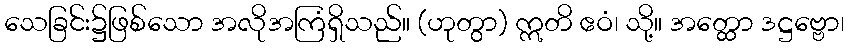
သေခြင်း၌ဖြစ်သော အလိုအကြံရှိသည်။ (ဟုတွာ) ဣတိ ဧဝံ၊ သို့။ အတ္ထော ဒဋ္ဌဗ္ဗော၊